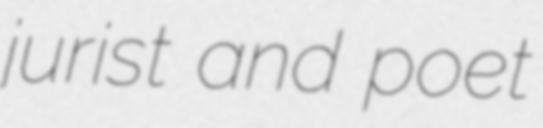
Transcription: jurist and poet